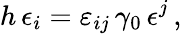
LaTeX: h\, \epsilon_{i}=\varepsilon_{ij}\, \gamma_{0}\, \epsilon^{j}\, ,